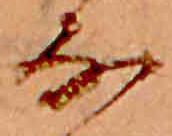
な